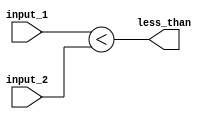
module less_than_comparator (
    input [7:0] input_1,
    input [7:0] input_2,
    output less_than
);

assign less_than = (input_1 < input_2);

endmodule